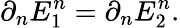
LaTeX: \partial_{n}E_{1}^{n}=\partial_{n}E_{2}^{n}.